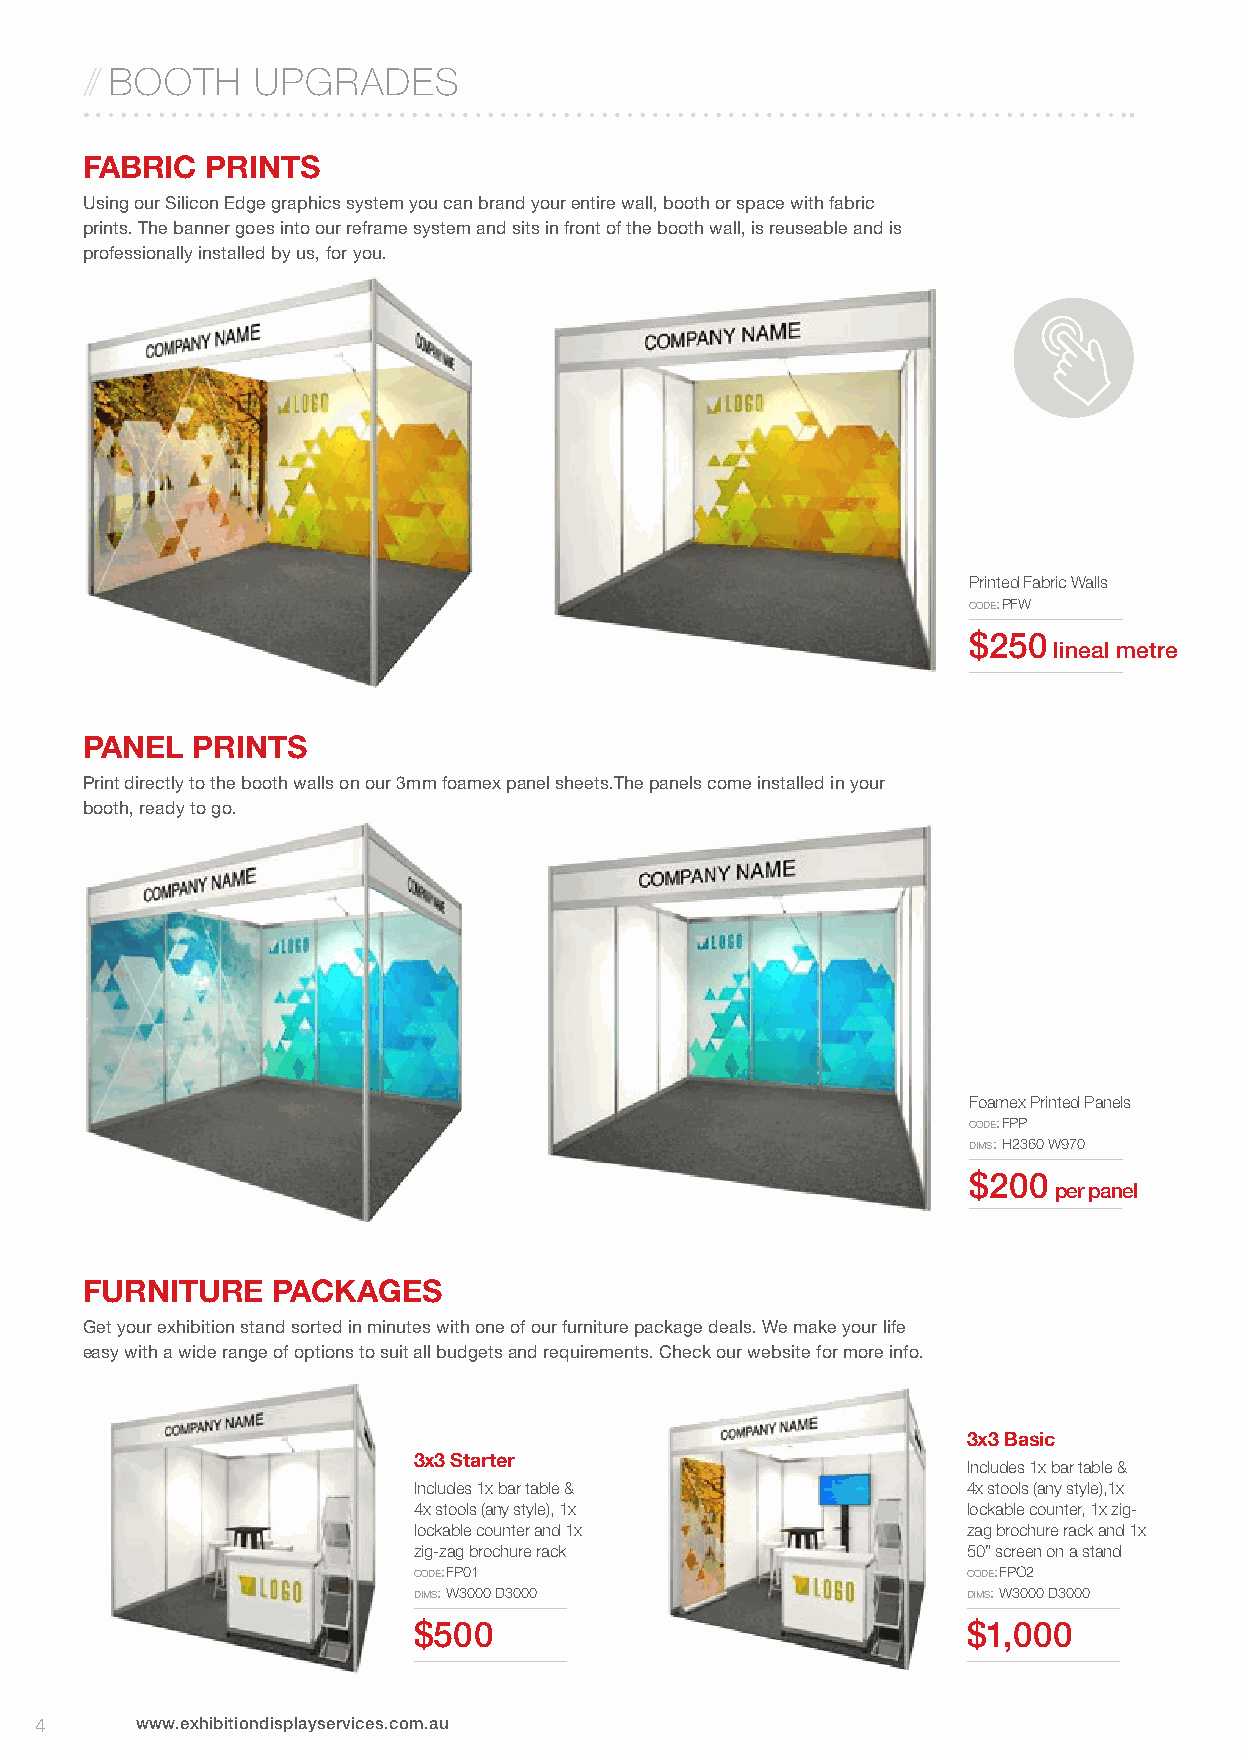
// BOOTH   UPGRADES
 FABRIC   PRINTS
 Using our Silicon Edge graphics system you can brand your entire wall, booth or space with fabric
 prints. The banner goes into our reframe system and sits in front of the booth wall, is reuseable and is
 professionally installed by us, for you.
 MISC
 Printed Fabric Walls
 code: PFW
 $250
 lineal metre
 PANEL   PRINTS
 Print directly to the booth walls on our 3mm foamex panel sheets.The panels come installed in your
 booth, ready to go.
 Foamex Printed Panels
 code: FPP
 dims: H2360 W970
 $200
 per panel
 FURNITURE    PACKAGES
 Get your exhibition stand sorted in minutes with one of our furniture package deals. We make your life
 easy with a wide range of options to suit all budgets and requirements. Check our website for more info.
 3x3 Basic
 3x3 Starter
 Includes 1x bar table &
 Includes 1x bar table &              4x stools (any style),1x
 4x stools (any style), 1x            lockable counter, 1x zig-
 lockable counter and 1x              zag brochure rack and 1x
 zig-zag brochure rack                50” screen on a stand
 code: FP01                           code: FPo2
 dims: W3000 d3000                    dims: W3000 d3000
 $500                                 $1,000
 4      www.exhibitiondisplayservices.com.au